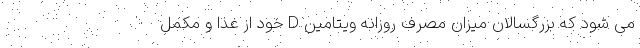
می شود که بزرگسالان میزان مصرف روزانه ویتامین D خود از غذا و مکمل